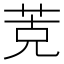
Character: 𰱁